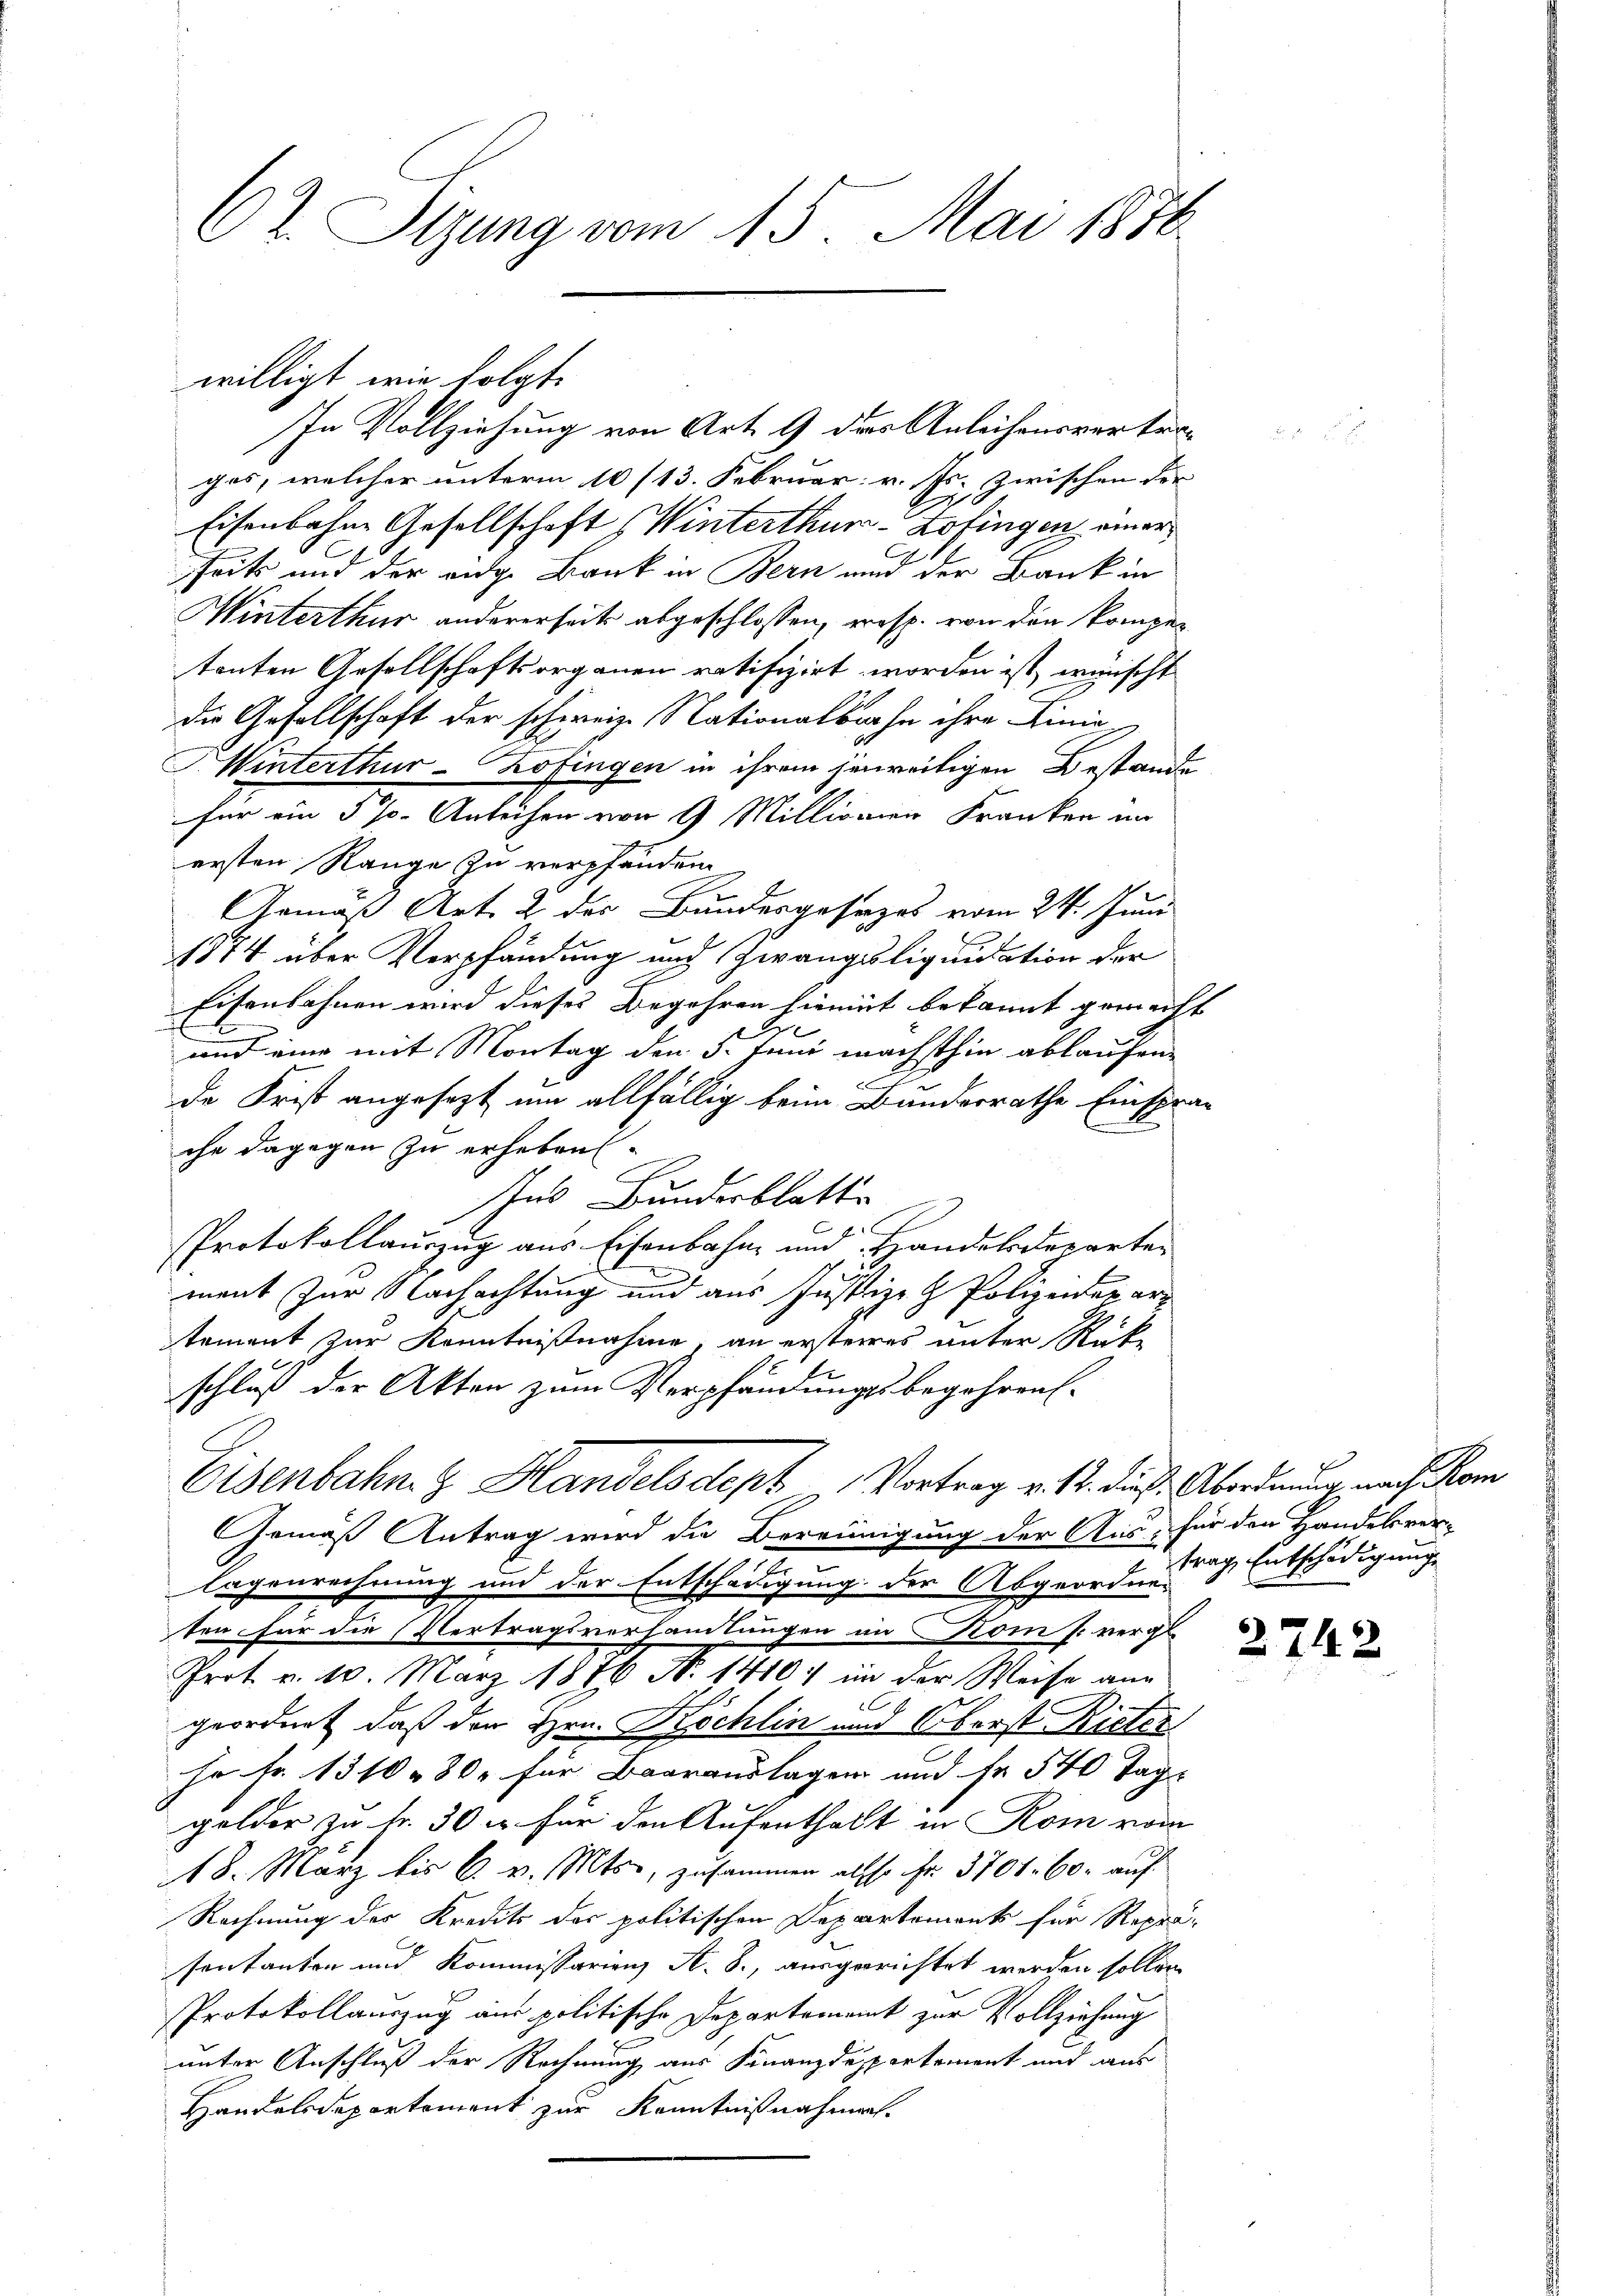
62. Sitzung vom 15. Mai 1870.

willigt, wie folgt.

In Vollziehung von Art. 9 des Anleihensvertergas, welcher unterm 10/13. Februar v. Js. zwischen der
Eisenbahne Gesellschaft (Winterthur-Lotingen einer
seits und der eidge Bank in Bern und der Bank in
Winterthur andererseits abgeschlossen, resp. von den kompetonten Gesellschaftsorganen ratifizirt worden ist, wünscht
die Gesellschaft der schweize Nationalbahn ihre Linie
Winterthur–Zofingen in ihrem jeweiligen Bestande
für ein 5 % Anleihen von 9 Millionien Franken im
ersten Range zu verpfänden.
Gemäß Art. 2 des Bundesgesezes vom 24. Juni
1874 über Verpfändung nach Zwangsliquidation der
Eisenbahnen wird dieses Begehren hiemit bekannt gemacht |
und eine mit Montag den 5. Juni wächsthin ablaufen
de Frist angesezt um allfällig beim Bundesrathe Einspra-
che dagegen zu erheben
Ins Bundesblatte
C
Protokollauszug aus Eisenbahn und Handelsdeparte
ment zur Nachachtung und aus Justiz- & Polizeiderarz
tement zur Kenntnißnahme, an ersteres unter Rück-
schluß der Akten zum Verpfändungsbegehrens¬
Eisenbahn & Handelsdept Vortrag v. 12. diese Abordnung nach Kom
Gemäß Antrag wird die Bereinigung der Aus- für den Handelsver-
lagenrechnung und der Entschädigung der Abgeordne
ten für die Vertragsverhandlungen im Komp. vergl.
Prot. v. 10. März 1876 No 1410; in der Weise aus
C
geordnet, daß der Hrn. Köchlin und Oberst Rieten
hr Fr. 1310 - 800 für Baarauslagen und Fr. 540 Tage
gelder zu Fr. 30 u. für den Aufenthalt in Rom vom
18. März bis 6. v. Mts., zusammen allso fr. 3701. 60. auf
Rechnung des Kredit der politischen Departements für Repräsentanten und Kommissarienz A. S., ausgerichtet werden sollen
Protokollauszug aus politische Departement zur Vollziehung
unter Anschluß der Rechnung aus Finanzdepartement und aus
Handelsdeporkoment zur Kenntnißnahmen.

f
trage Entschädigung

2742